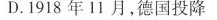
D.1918年11月，德国投降